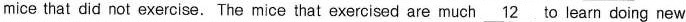
mice that did not exercise. The mice that exercised are much \underline{12} to learn doing new